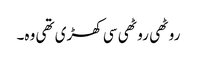
روٹھی روٹھی سی کھڑی تھی وہ۔